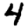
Digit: 4